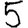
Digit: 5